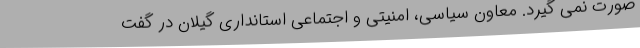
صورت نمی گیرد. معاون سیاسی، امنیتی و اجتماعی استانداری گیلان در گفت